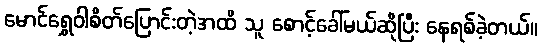
မောင်ရွှေဝါစိတ်ပြောင်းတဲ့အထိ သူ စောင့်ခေါ်မယ်ဆိုပြီး နေရစ်ခဲ့တယ်။